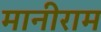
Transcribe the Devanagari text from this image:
मानीराम